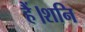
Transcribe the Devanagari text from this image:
हैं।शनि